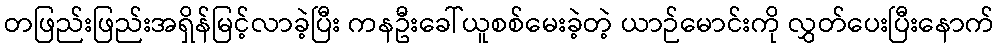
တဖြည်းဖြည်းအရှိန်မြင့်လာခဲ့ပြီး ကနဦးခေါ်ယူစစ်မေးခဲ့တဲ့ ယာဉ်မောင်းကို လွှတ်ပေးပြီးနောက်